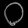
Digit: ၀